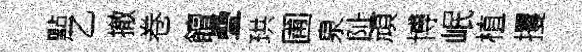
㸃乙撤卷饘疊珙圃泉阯頑博岷植攫